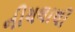
નીચલાથી